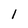
Character: 1